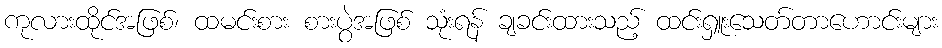
ကုလားထိုင်အဖြစ်၊ ထမင်းစား စားပွဲအဖြစ် သုံးရန် ချခင်းထားသည့် ထင်းရှူးသေတ်တာဟောင်းများ